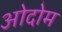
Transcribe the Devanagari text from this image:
ओदोम